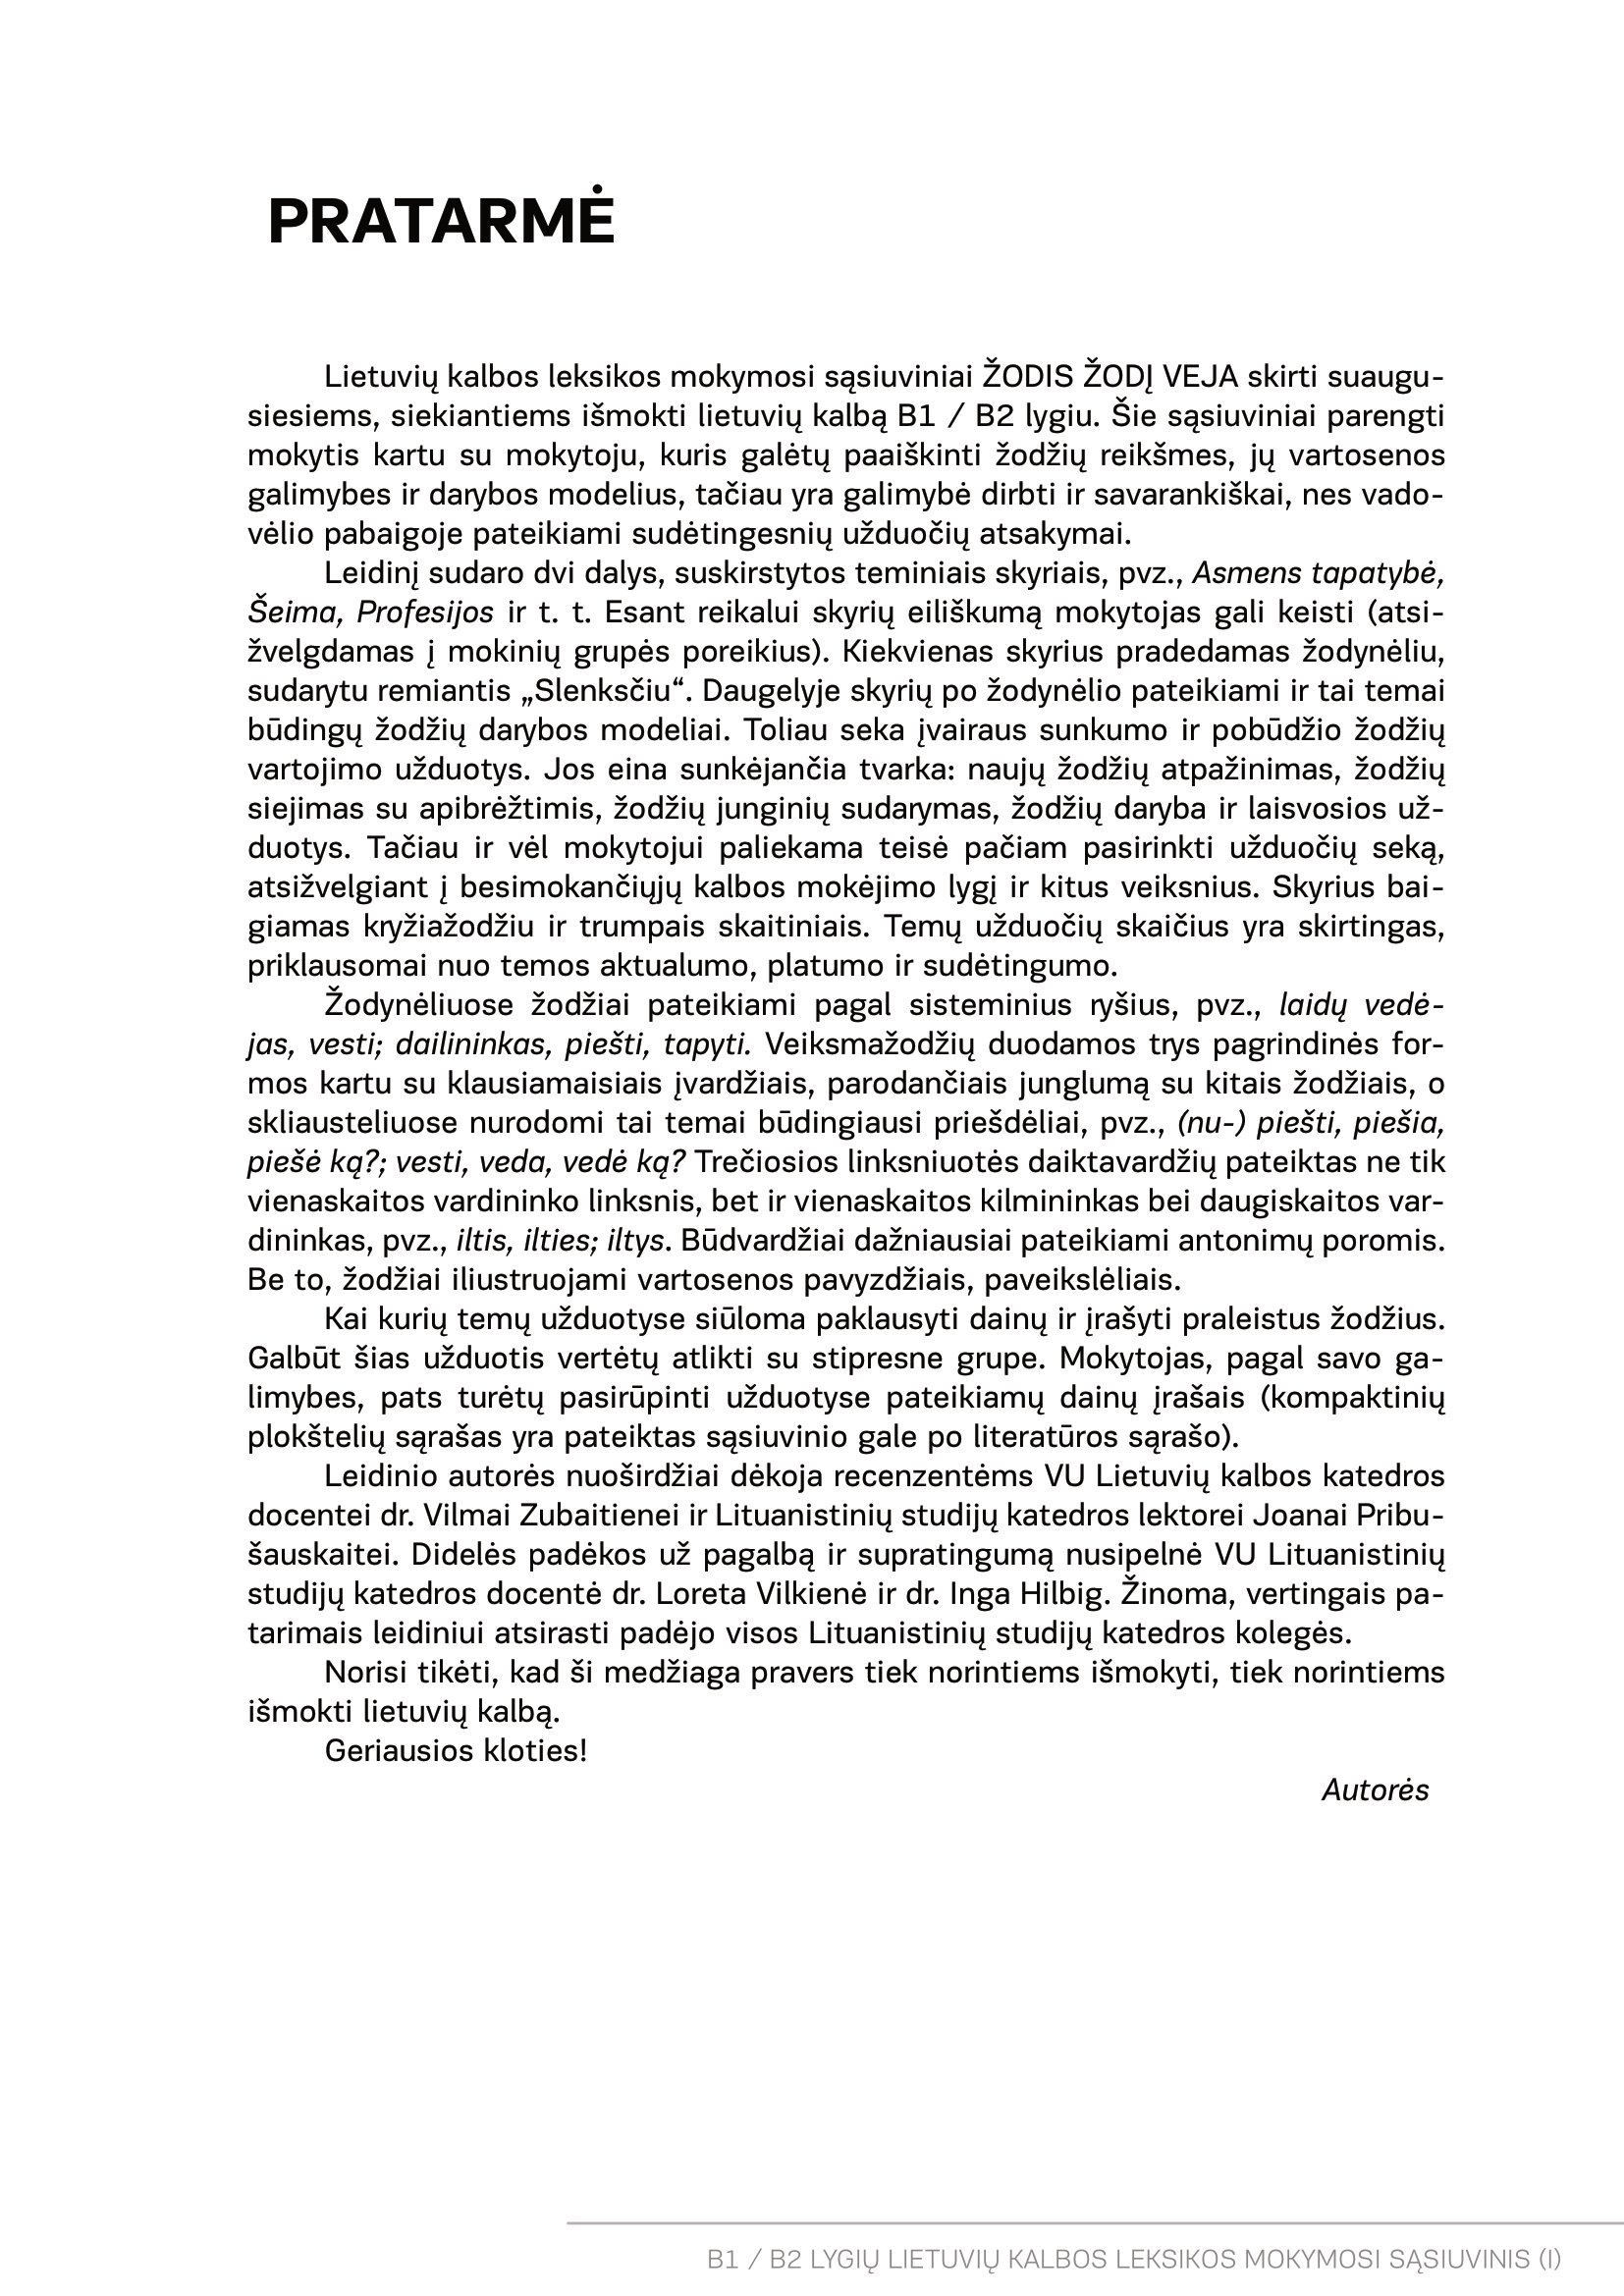
Language: lt